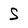
Character: S